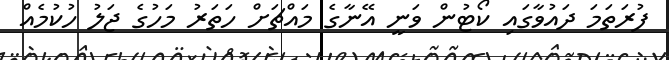
ފުރަތަމަ ދައުވާގައި ކޯޓުން ވަނީ އޭނާގެ މައްޗަށް ހަތަރު މަހުގެ ޖަލު ހުކުމެއް